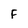
Character: f